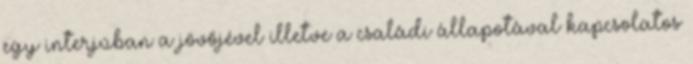
egy interjúban a jövőjével illetve a családi állapotával kapcsolatos